Annual administration and progress report of the Indian Medical Department, Bombay
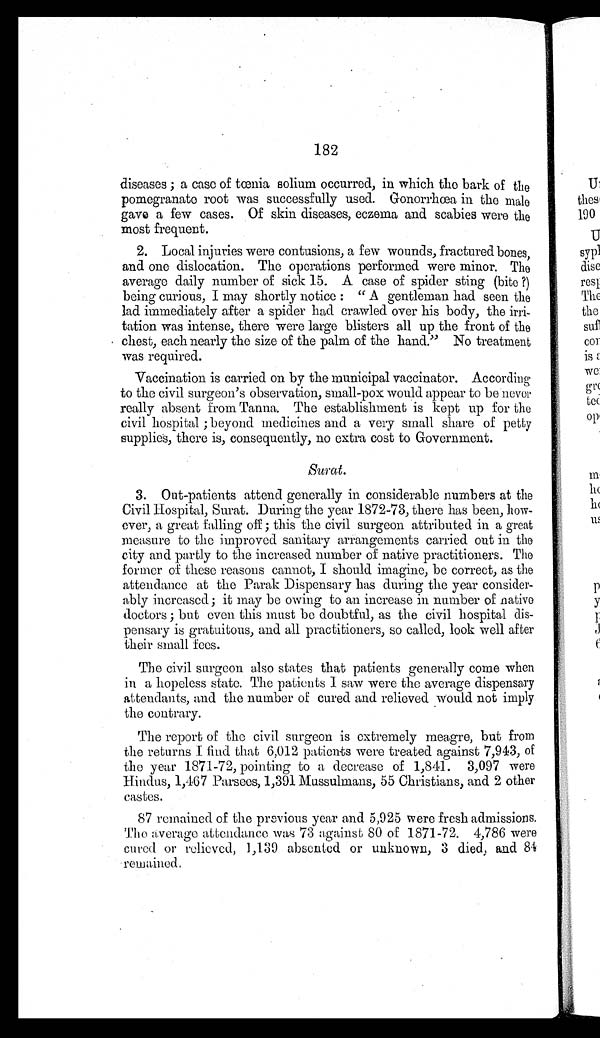
182
diseases ; a case of tœnia solium occurred, in which the bark of the
pomegranate root was successfully used. Gonorrhœa in the male
gave a few cases. Of skin diseases, eczema and scabies were the
most frequent.
2. Local injuries were contusions, a few wounds, fractured bones,
and one dislocation. The operations performed were minor. The
average daily number of sick 15. A case of spider sting (bite ?)
being curious, I may shortly notice : " A gentleman had seen the
lad immediately after a spider had crawled over his body, the irri-
tation was intense, there were large blisters all up the front of the
chest, each nearly the size of the palm of the hand." No treatment
was required.
Vaccination is carried on by the municipal vaccinator. According
to the civil surgeon's observation, small-pox would appear to be never
really absent from Tanna. The establishment is kept up for the
civil hospital ; beyond medicines and a very small share of petty
supplies, there is, consequently, no extra cost to Government.
Surat.
3. Out-patients attend generally in considerable numbers at the
Civil Hospital, Surat. During the year 1872-73, there has been, how
- e v e r , a g r e a t f a l l i n g o f f ; t h i s t h e c i v i l s u r g e o n a t t r i b u t e d i n a g r e a t
measure to the improved sanitary arrangements carried out in the
city and partly to the increased number of native practitioners. The
former of these reasons cannot, I should imagine, be correct, as the
attendance at the Parak Dispensary has during the year consider-
ably increased; it may be owing to an increase in number of native
doctors ; but even this must be doubtful, as the civil hospital dis
- p e n s a r y i s g r a t u i t o u s , a n d a l l p r a c t i t i o n e r s , s o c a l l e d , l o o k w e l l a f t e r
their small fees.
The civil surgeon also states that patients generally come when
in a hopeless state. The patients I saw were the average dispensary
attendants, and the number of cured and relieved would not imply
the contrary.
The report of the civil surgeon is extremely meagre, but from
the returns I find that 6,012 patients were treated against 7,943, of
the year 1871-72, pointing to a decrease of 1,841. 3,097 were
Hindus, 1,467 Parsees, 1,391 Mussulmans, 55 Christians, and 2 other
castes.
87 remained of the previous year and 5,925 were fresh admissions.
The average attendance was 73 against 80 of 1871-72. 4,786 were
cured or relieved, 1,139 absented or unknown, 3 died, and 84
remained.